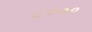
૮૦૦૦